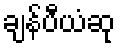
ချန်ပီယံဆု